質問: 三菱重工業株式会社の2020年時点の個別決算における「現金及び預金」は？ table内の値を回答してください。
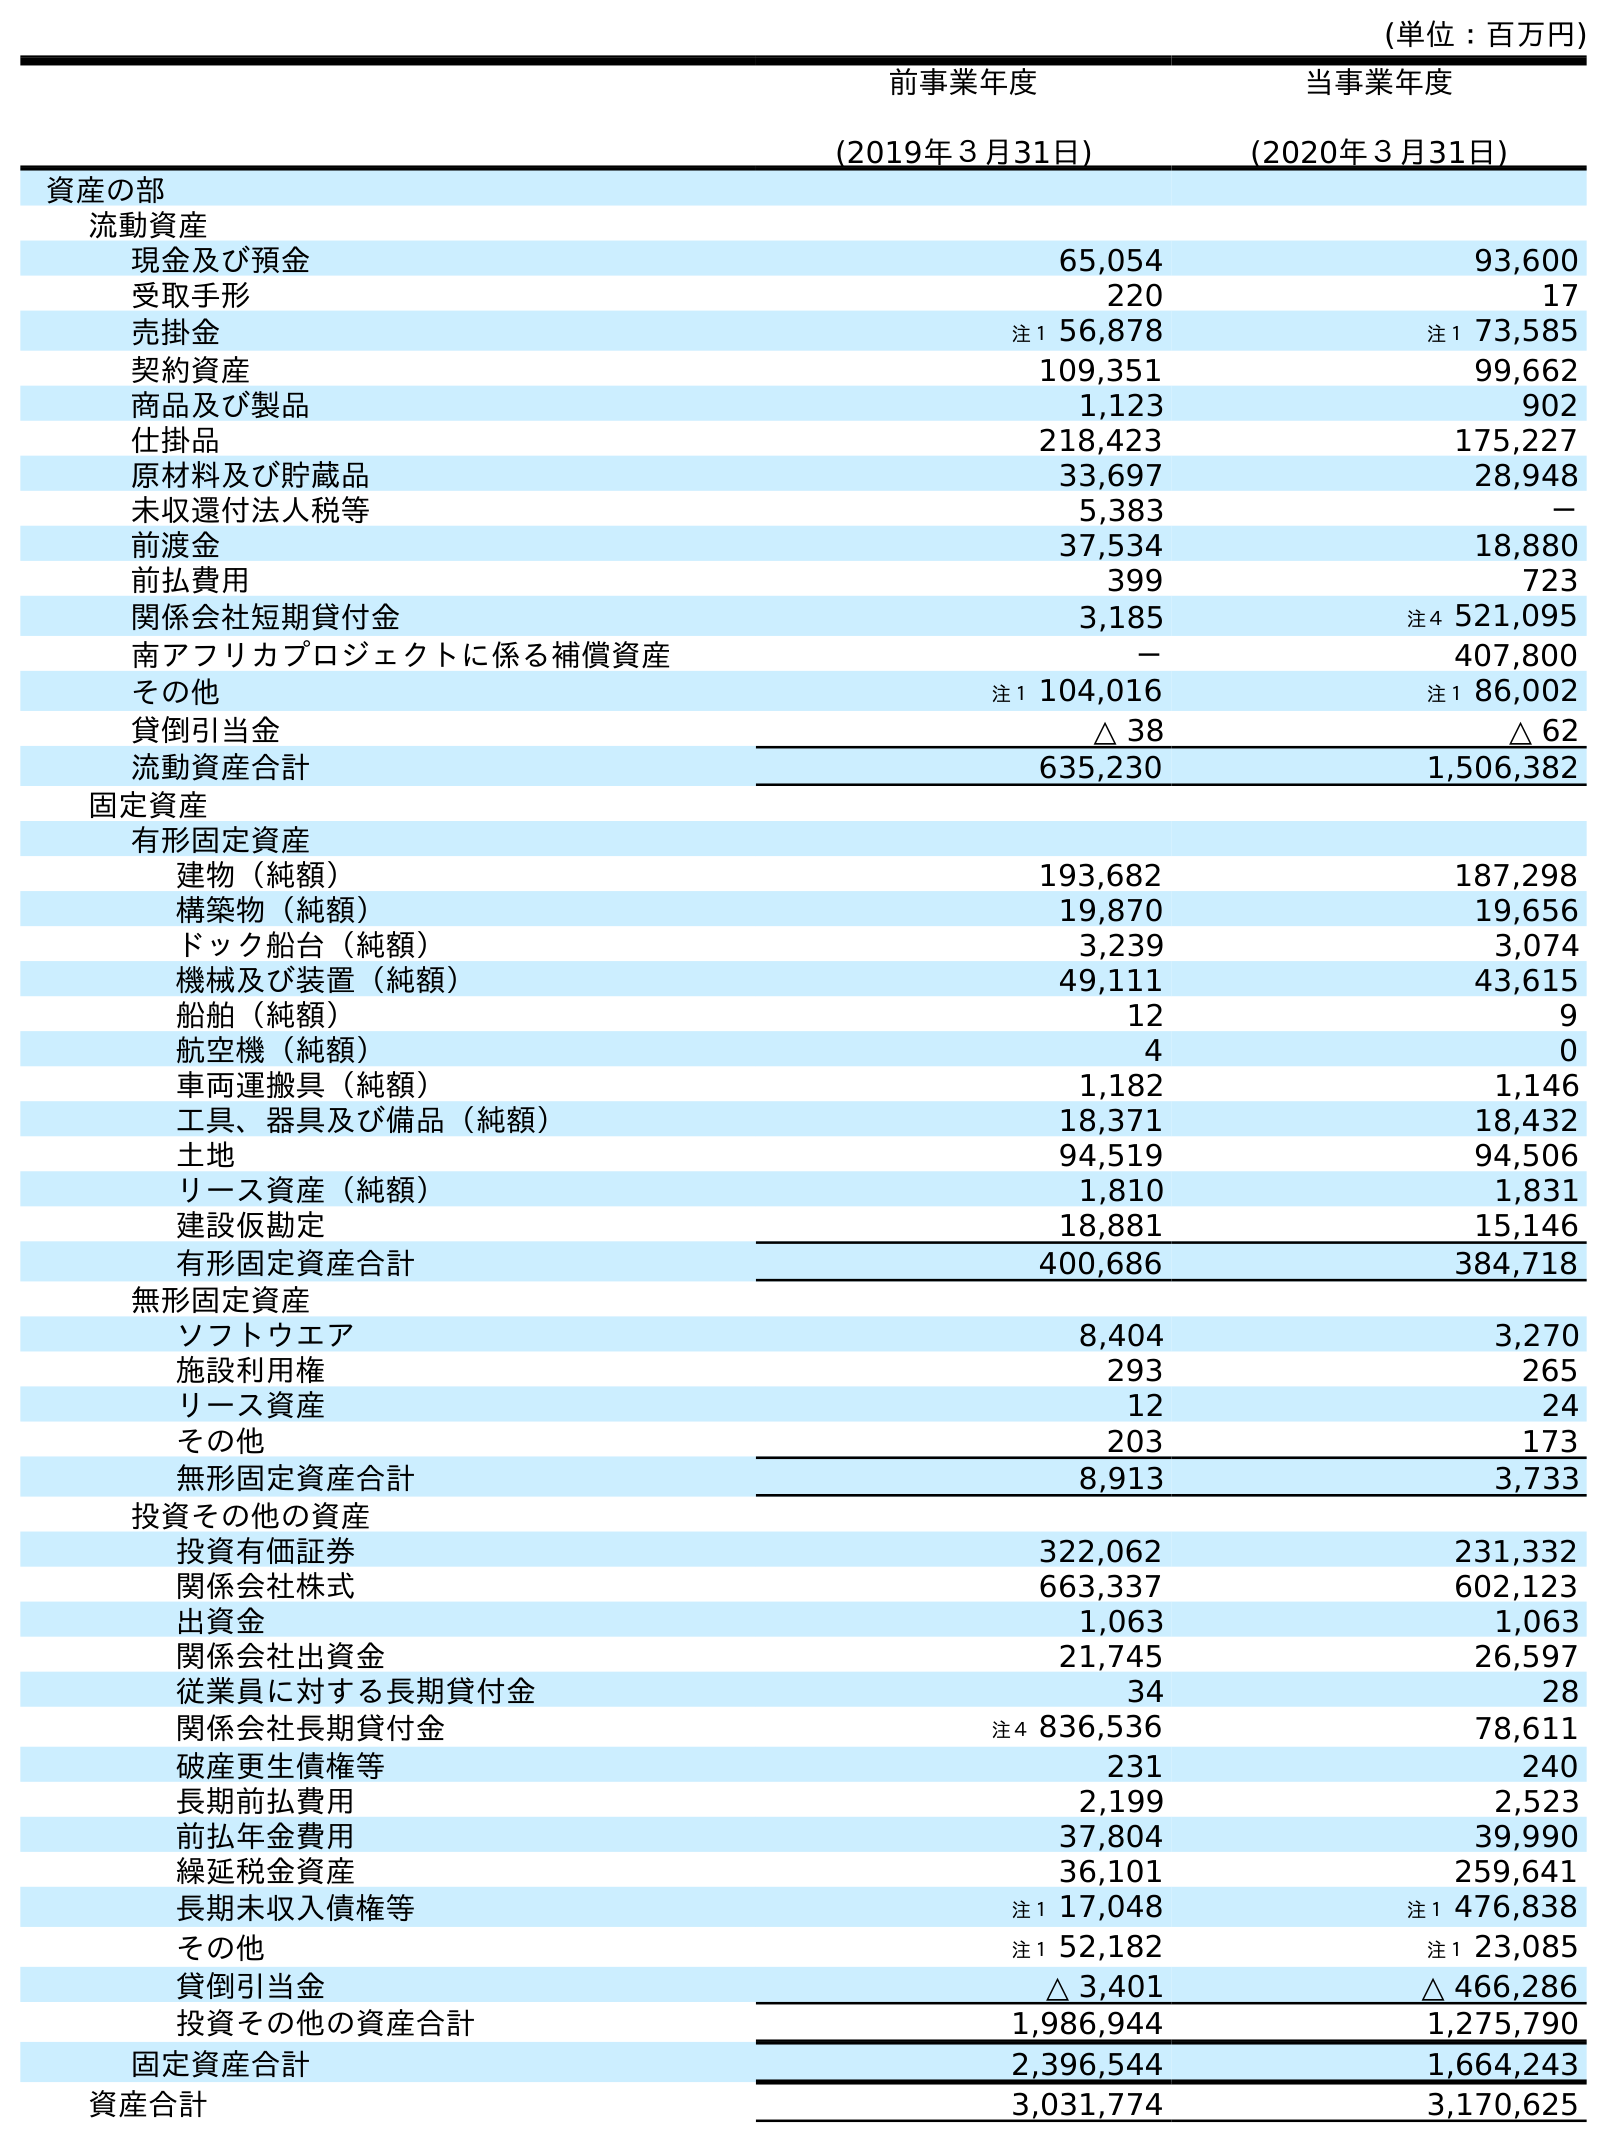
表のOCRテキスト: (単位：百万円) 前事業年度 (2019年３月31日) 当事業年度 (2020年３月31日) 資産の部 流動資産 現金及び預金 65,054 93,600 受取手形 220 17 売掛金 注１ 56,878 注１ 73,585 契約資産 109,351 99,662 商品及び製品 1,123 902 仕掛品 218,423 175,227 原材料及び貯蔵品 33,697 28,948 未収還付法人税等 5,383 － 前渡金 37,534 18,880 前払費用 399 723 関係会社短期貸付金 3,185 注４ 521,095 南アフリカプロジェクトに係る補償資産 － 407,800 その他 注１ 104,016 注１ 86,002 貸倒引当金 △ 38 △ 62 流動資産合計 635,230 1,506,382 固定資産 有形固定資産 建物（純額） 193,682 187,298 構築物（純額） 19,870 19,656 ドック船台（純額） 3,239 3,074 機械及び装置（純額） 49,111 43,615 船舶（純額） 12 9 航空機（純額） 4 0 車両運搬具（純額） 1,182 1,146 工具、器具及び備品（純額） 18,371 18,432 土地 94,519 94,506 リース資産（純額） 1,810 1,831 建設仮勘定 18,881 15,146 有形固定資産合計 400,686 384,718 無形固定資産 ソフトウエア 8,404 3,270 施設利用権 293 265 リース資産 12 24 その他 203 173 無形固定資産合計 8,913 3,733 投資その他の資産 投資有価証券 322,062 231,332 関係会社株式 663,337 602,123 出資金 1,063 1,063 関係会社出資金 21,745 26,597 従業員に対する長期貸付金 34 28 関係会社長期貸付金 注４ 836,536 78,611 破産更生債権等 231 240 長期前払費用 2,199 2,523 前払年金費用 37,804 39,990 繰延税金資産 36,101 259,641 長期未収入債権等 注１ 17,048 注１ 476,838 その他 注１ 52,182 注１ 23,085 貸倒引当金 △ 3,401 △ 466,286 投資その他の資産合計 1,986,944 1,275,790 固定資産合計 2,396,544 1,664,243 資産合計 3,031,774 3,170,625
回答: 93,600